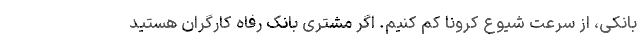
بانکی، از سرعت شیوع کرونا کم کنیم. اگر مشتری بانک رفاه کارگران هستید